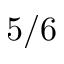
5 / 6